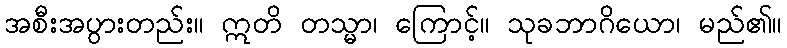
အစီးအပွားတည်း။ ဣတိ တသ္မာ၊ ကြောင့်။ သုခဘာဂိယော၊ မည်၏။